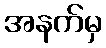
အနက်မှ